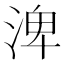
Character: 渒